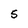
Character: 5